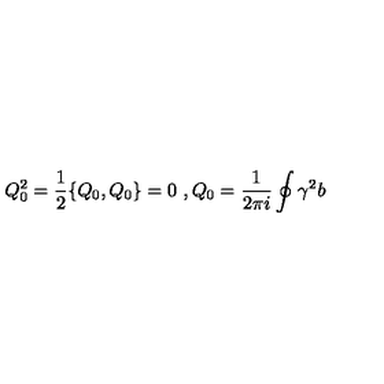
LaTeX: Q _ { 0 } ^ { 2 } = \frac { 1 } { 2 } \{ Q _ { 0 } , Q _ { 0 } \} = 0 \ , Q _ { 0 } = \frac { 1 } { 2 \pi i } \oint \gamma ^ { 2 } b \